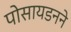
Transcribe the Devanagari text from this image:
पोसायडनने